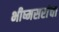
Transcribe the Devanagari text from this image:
भीष्मसरांचा